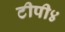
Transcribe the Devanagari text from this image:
टीपी४